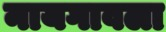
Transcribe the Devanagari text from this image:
नायगावला